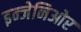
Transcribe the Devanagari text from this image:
इन्जेनिओर